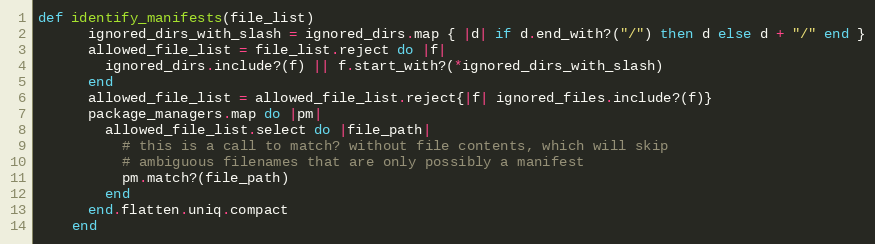
Language: Ruby
def identify_manifests(file_list)
      ignored_dirs_with_slash = ignored_dirs.map { |d| if d.end_with?("/") then d else d + "/" end }
      allowed_file_list = file_list.reject do |f|
        ignored_dirs.include?(f) || f.start_with?(*ignored_dirs_with_slash)
      end
      allowed_file_list = allowed_file_list.reject{|f| ignored_files.include?(f)}
      package_managers.map do |pm|
        allowed_file_list.select do |file_path|
          # this is a call to match? without file contents, which will skip
          # ambiguous filenames that are only possibly a manifest
          pm.match?(file_path)
        end
      end.flatten.uniq.compact
    end